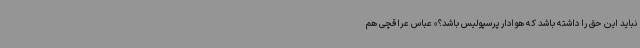
نباید این حق را داشته باشد که هوادار پرسپولیس باشد؟» عباس عراقچی هم